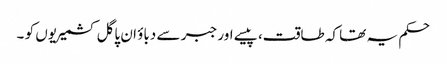
حکم یہ تھا کہ طاقت، پیسے اور جبر سے دباؤ ان پاگل کشمیریوں کو ۔